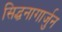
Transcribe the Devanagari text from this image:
सिद्धनागार्जुन